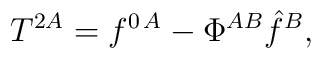
T^{2A}= f^{0\, A}-\Phi^{AB} \hat{f}^B,